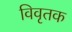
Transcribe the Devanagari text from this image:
विवृतक